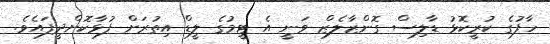
ހާފުގެ ކުރީކޮޅު ޑާލިސް ގޮންޒާލެޒް ވަނީ އެ ޓީމުގެ ލީޑް އިތުރަށް ފުޅާކޮށްދީފައެވެ.